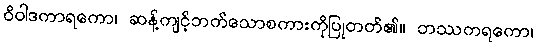
ဝိဝါဒကာရကော၊ ဆန့်ကျင့်ဘက်သောစကားကိုပြုတတ်၏။ ဘဿကရကော၊